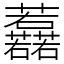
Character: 䖃